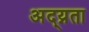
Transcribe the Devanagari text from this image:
अद्य्नता